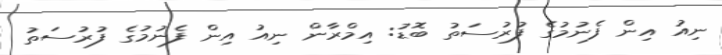
ނިއު އިން ފެނުމުގެ ފުރުސަތު ބޮޑު: އިމްރާން ނިއު އިން ފެނުމުގެ ފުރުސަތު